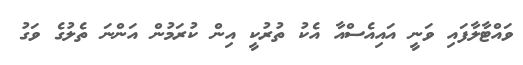
ވައްޓާލާފައި ވަނީ އައިއެސްއާ އެކު ތުރުކީ އިން ކުރަމުން އަންނަ ތެލުގެ ވަގު